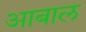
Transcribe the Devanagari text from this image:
आबाल